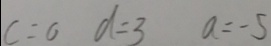
c = 0 d = 3 a = - 5